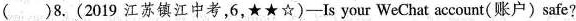
()8.(2019 江苏镇江中考,6,★★☆)-Is your WeChat account(账户)safe?